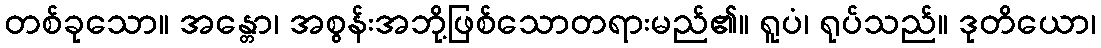
တစ်ခုသော။ အန္တော၊ အစွန်းအဘို့ဖြစ်သောတရားမည်၏။ ရူပံ၊ ရုပ်သည်။ ဒုတိယော၊